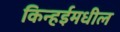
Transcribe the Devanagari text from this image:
किन्हईमधील